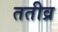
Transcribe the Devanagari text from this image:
ततीव्र